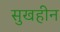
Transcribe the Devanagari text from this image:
सुखहीन